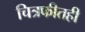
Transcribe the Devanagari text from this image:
चित्रफीतही